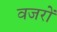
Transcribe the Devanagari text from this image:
वजरों